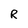
Character: R